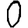
Digit: 0